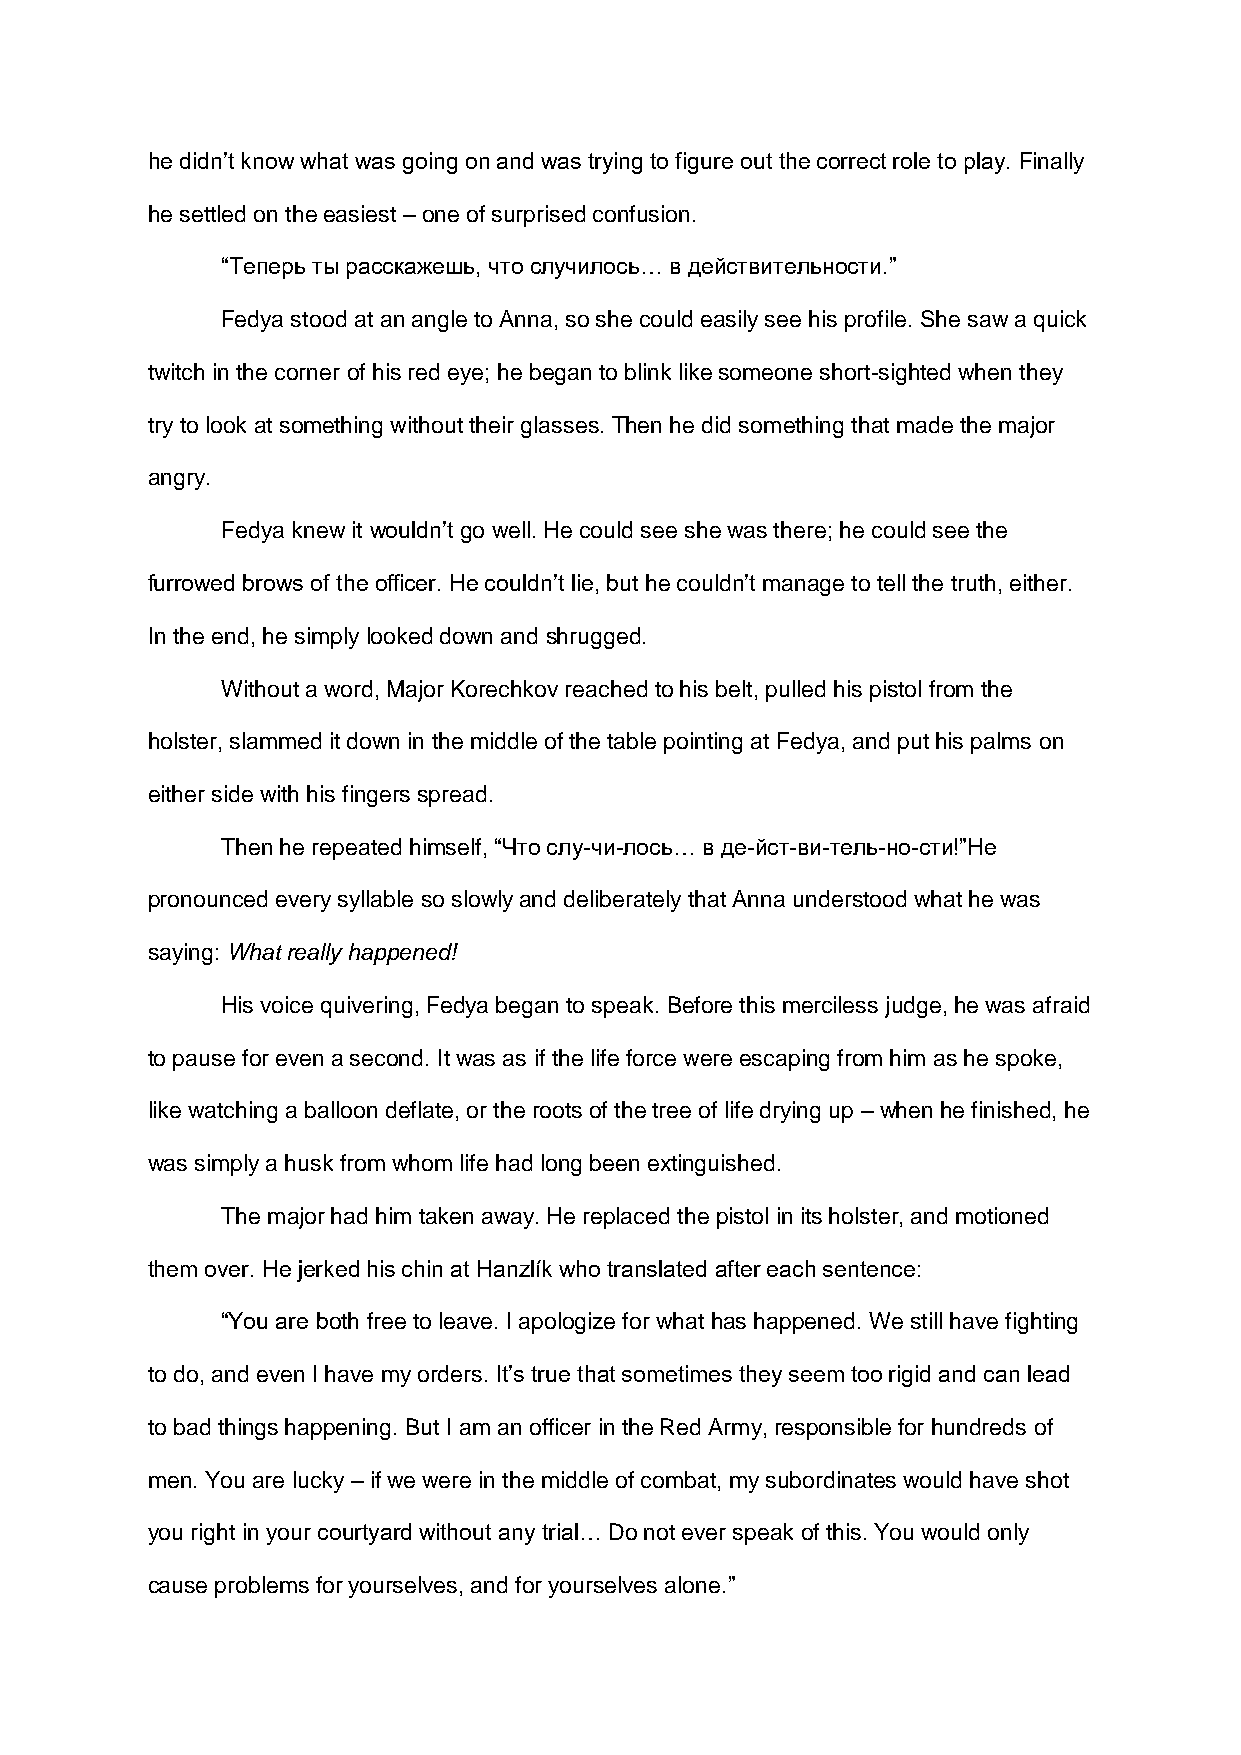
he didn’t know what was going on and was trying to figure out the correct role to play. Finally
 he settled on the easiest – one of surprised confusion.
 “Теперь ты расскажешь, что случилось… в действительности.”
 Fedya stood at an angle to Anna, so she could easily see his profile. She saw a quick
 twitch in the corner of his red eye; he began to blink like someone short-sighted when they
 try to look at something without their glasses. Then he did something that made the major
 angry.
 Fedya knew it wouldn’t go well. He could see she was there; he could see the
 furrowed brows of the officer. He couldn’t lie, but he couldn’t manage to tell the truth, either.
 In the end, he simply looked down and shrugged.
 Without a word, Major Korechkov reached to his belt, pulled his pistol from the
 holster, slammed it down in the middle of the table pointing at Fedya, and put his palms on
 either side with his fingers spread.
 Then he repeated himself, “Что слу-чи-лось… в де-йст-ви-тель-но-сти!”He
 pronounced every syllable so slowly and deliberately that Anna understood what he was
 saying: What really happened!
 His voice quivering, Fedya began to speak. Before this merciless judge, he was afraid
 to pause for even a second. It was as if the life force were escaping from him as he spoke,
 like watching a balloon deflate, or the roots of the tree of life drying up – when he finished, he
 was simply a husk from whom life had long been extinguished.
 The major had him taken away. He replaced the pistol in its holster, and motioned
 them over. He jerked his chin at Hanzlík who translated after each sentence:
 “You are both free to leave. I apologize for what has happened. We still have fighting
 to do, and even I have my orders. It’s true that sometimes they seem too rigid and can lead
 to bad things happening. But I am an officer in the Red Army, responsible for hundreds of
 men. You are lucky – if we were in the middle of combat, my subordinates would have shot
 you right in your courtyard without any trial… Do not ever speak of this. You would only
 cause problems for yourselves, and for yourselves alone.”